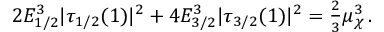
2 E _ { 1 / 2 } ^ { 3 } | \tau _ { 1 / 2 } ( 1 ) | ^ { 2 } + 4 E _ { 3 / 2 } ^ { 3 } | \tau _ { 3 / 2 } ( 1 ) | ^ { 2 } = \textstyle { \frac { 2 } { 3 } } \mu _ { \chi } ^ { 3 } \, .